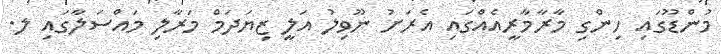
މުންޑޫގައި ހިންގި މާރާމާރީއެއްގައި އެރަށު ނޫވިލު އަލީ ޒިޔަދަމް މަރާލި މައްސަލާގައި ލ.